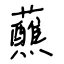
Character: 蘸